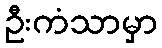
ဦးကံသာမှာ